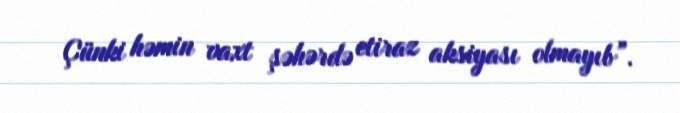
Çünki həmin vaxt şəhərdə etiraz aksiyası olmayıb”.